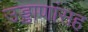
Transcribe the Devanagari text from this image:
उड्डाणांसह